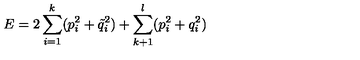
E = 2 \sum _ { i = 1 } ^ { k } ( p _ { i } ^ { 2 } + \tilde { q } _ { i } ^ { 2 } ) + \sum _ { k + 1 } ^ { l } ( p _ { i } ^ { 2 } + q _ { i } ^ { 2 } )